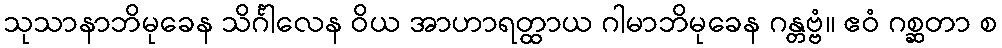
သုသာနာဘိမုခေန သိင်္ဂါလေန ဝိယ အာဟာရတ္ထာယ ဂါမာဘိမုခေန ဂန္တဗ္ဗံ။ ဧဝံ ဂစ္ဆတာ စ